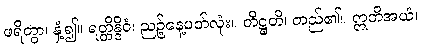
ဖရိတွာ၊ နှံ့၍။ ရတ္တိန္ဒိဝံ၊ ညဉ့်နေ့ပတ်လုံး။ တိဋ္ဌတိ၊ တည်၏။ ဣတိအယံ၊